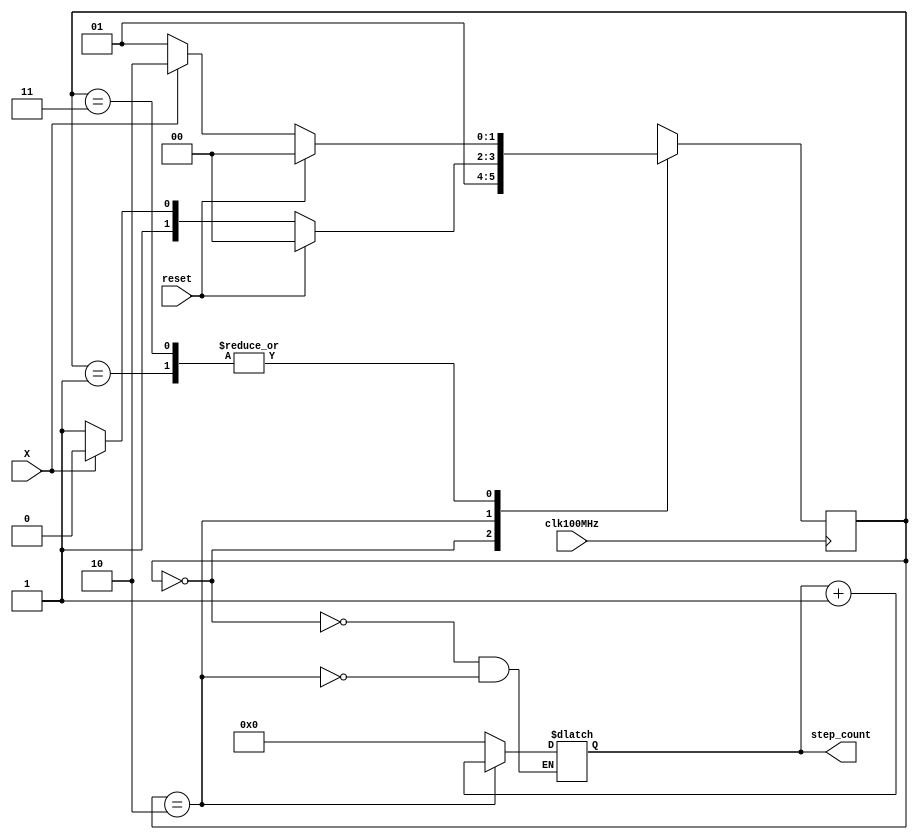
`timescale 1ns / 1ps
//////////////////////////////////////////////////////////////////////////////////
// Company: 
// Engineer: 
// 
// Design Name: 
// Module Name: risingEdge_detect
// Project Name: 
// Target Devices: 
// Tool Versions: 
// Description: 
// 
// Dependencies: 
// 
// Revision:
// Revision 0.01 - File Created
// Additional Comments:
// 
//////////////////////////////////////////////////////////////////////////////////


module risingEdge_detect(clk100MHz, X, reset, step_count);
    input wire clk100MHz, X, reset;
    output reg [19:0] step_count;
    
    localparam 
        Reset = 2'b00,
        Init = 2'b01,
        RiseEd = 2'b10,
        FallEd = 2'b11;
        
    reg [1:0] Current_State, Next_State;
    
    initial begin
        Current_State = Reset;
        //step_count = 20'd2048; //FOR TESTING: would not work though
        //step_count = 20'b0;
    end
    
    always@(posedge clk100MHz) begin
        Current_State <= Next_State;
    end
    
    always@(Current_State) begin
        case(Current_State)
            Reset:  step_count = 0;
            RiseEd: step_count = step_count + 1;
            default: step_count = step_count;
       endcase   
    end
    
    always@(X) begin
        case(Current_State)
            Reset: begin
                Next_State = Init;
            end
            Init: begin
                if(reset)
                    Next_State = Reset;
                else if(!X)
                    Next_State = Init;
                else
                    Next_State = RiseEd;
            end
            RiseEd: begin
                if(reset)
                    Next_State = Reset;
                else if(!X)
                    Next_State = FallEd;
                else
                    Next_State = RiseEd;
            end
            FallEd: begin
                if(reset)
                    Next_State = Reset;
                else if(!X)
                    Next_State = Init;
                else
                    Next_State = RiseEd;
            end
            default: Next_State = Current_State;
       endcase
    end
    
endmodule